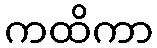
ကထိကာ